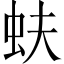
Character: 蚨